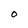
Character: O